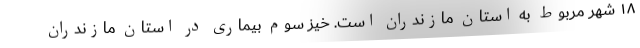
۱۸ شهر مربوط به استان مازندران است. خیز سوم بیماری در استان مازندران